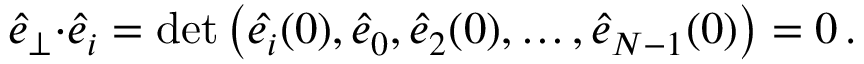
\begin{array} { r } { \hat { e } _ { \perp } { \cdot } \hat { e } _ { i } = \operatorname* { d e t } \big ( \hat { e _ { i } } ( 0 ) , \hat { e } _ { 0 } , \hat { e } _ { 2 } ( 0 ) , \dots , \hat { e } _ { N - 1 } ( 0 ) \big ) = 0 \, . } \end{array}